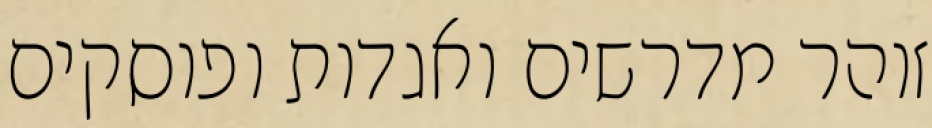
זוהר מדרשים ואגדות ופוסקים